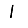
Digit: 1